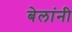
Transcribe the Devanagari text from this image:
बेलांनी